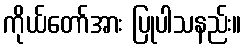
ကိုယ်တော်အား ပြုပါသနည်း။